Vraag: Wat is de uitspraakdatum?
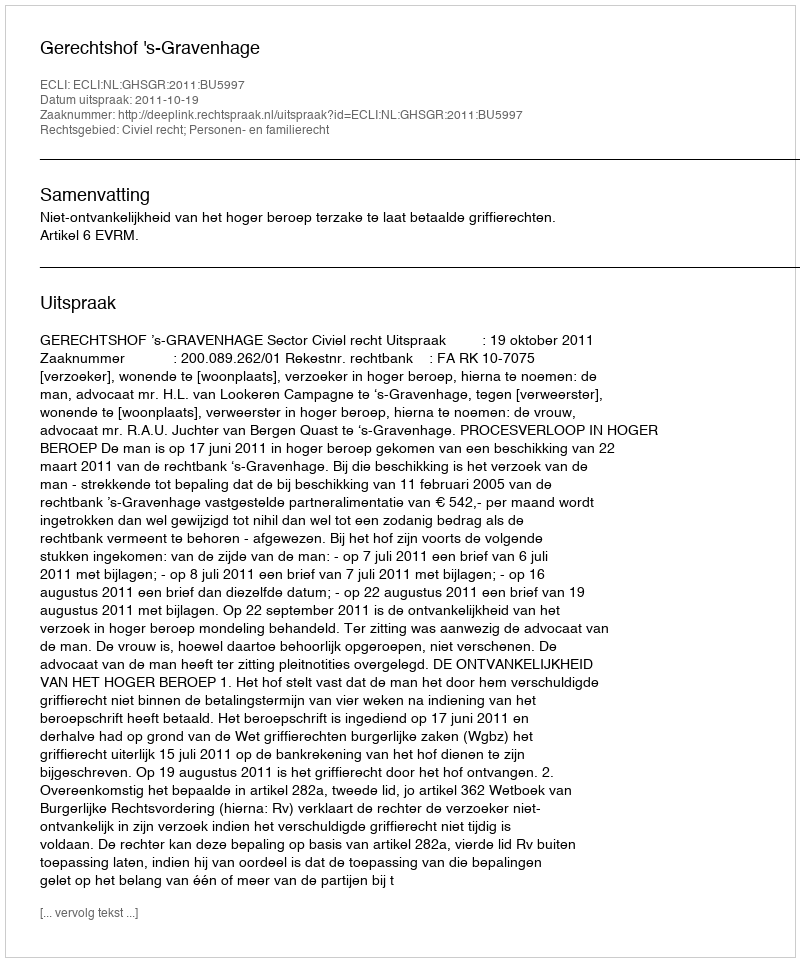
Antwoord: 2011-10-19